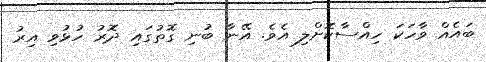
ބައެއް ވާހަކަ ހިއްސާކޮށްލި އެވެ. އޭނާ ބުނި ގޮތުގައި ދޮރު ހުޅުވި އިރު